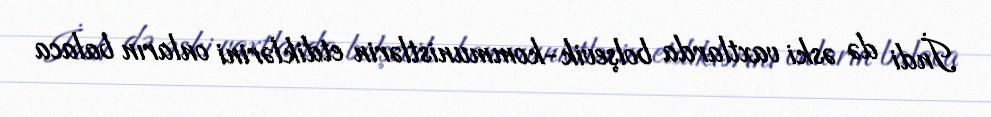
İndi də əski vaxtlarda bolşevik-kommunistlərin etdiklərini onların balaca